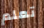
تعلم